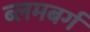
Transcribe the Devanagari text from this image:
ब्लमबर्ग